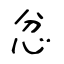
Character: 忿